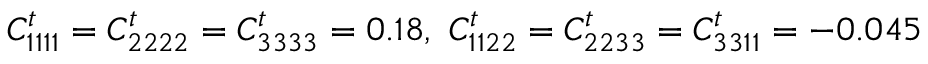
C _ { 1 1 1 1 } ^ { t } = C _ { 2 2 2 2 } ^ { t } = C _ { 3 3 3 3 } ^ { t } = 0 . 1 8 , ~ C _ { 1 1 2 2 } ^ { t } = C _ { 2 2 3 3 } ^ { t } = C _ { 3 3 1 1 } ^ { t } = - 0 . 0 4 5